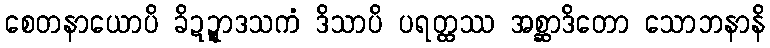
စေတနာယောပိ ခိဍ္ဍာဒသကံ ဒိသာပိ ပရတ္ထဿ အစ္ဆာဒိတော သောဘနာနိ